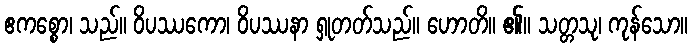
ဧကစ္စော၊ သည်။ ဝိပဿကော၊ ဝိပဿနာ ရှုတတ်သည်။ ဟောတိ။ ၏။ သတ္တသု၊ ကုန်သော။